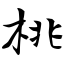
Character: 桃